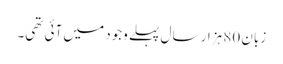
زبان 80 ہزار سال پہلے وجود میں آئی تھی۔